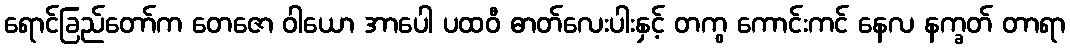
ရောင်ခြည်တော်က တေဇော ဝါယော အာပေါ ပထဝီ ဓာတ်လေးပါးနှင့် တကွ ကောင်းကင် နေလ နက္ခတ် တာရာ